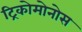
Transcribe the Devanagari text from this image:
ट्रिकोमोनोस